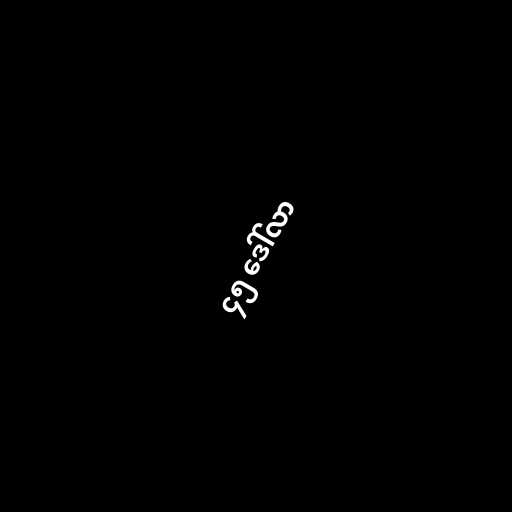
၄၅ ဒေါ်လာ